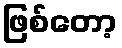
ဖြစ်တော့